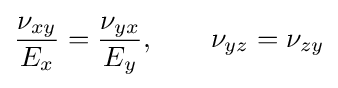
{\frac {\nu _{xy}}{E_{x}}}={\frac {\nu _{yx}}{E_{y}}},\qquad \nu _{yz}=\nu _{zy}